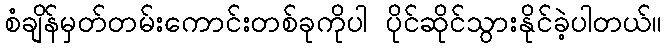
စံချိန်မှတ်တမ်းကောင်းတစ်ခုကိုပါ ပိုင်ဆိုင်သွားနိုင်ခဲ့ပါတယ်။